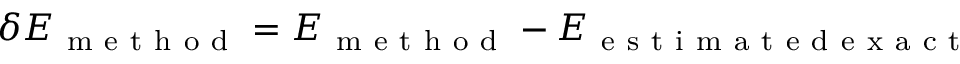
\delta E _ { \mathrm { ~ m ~ e ~ t ~ h ~ o ~ d ~ } } = E _ { \mathrm { ~ m ~ e ~ t ~ h ~ o ~ d ~ } } - E _ { \mathrm { ~ e ~ s ~ t ~ i ~ m ~ a ~ t ~ e ~ d ~ e ~ x ~ a ~ c ~ t ~ } }